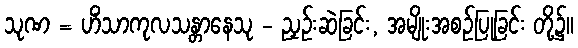
သုဏ = ဟိံသာကုလသန္တာနေသု - ညှဉ်းဆဲခြင်း, အမျိုးအစဉ်ပြုခြင်း တို့၌။